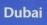
dubai